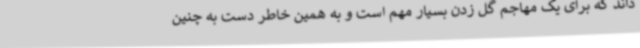
داند که برای یک مهاجم گل زدن بسیار مهم است و به همین خاطر دست به چنین